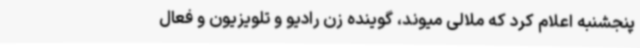
پنجشنبه اعلام کرد که ملالی میوند، گوینده زن رادیو و تلویزیون و فعال